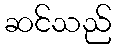
ဆင်သည်